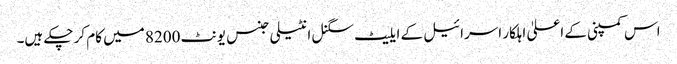
اس کمپنی کے اعلیٰ اہلکار اسرائیل کے ایلیٹ سگنل انٹیلی جنس یونٹ 8200 میں کام کر چکے ہیں۔